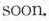
soon.